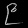
Digit: ၉